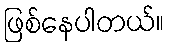
ဖြစ်နေပါတယ်။